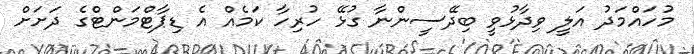
މުހައްމަދު އަލީ ވިދާޅުވީ ބިދޭސީންނާ ގުޅޭ ހުރިހާ ކަމެއް އެ ޑިޕާޓްމަންޓްގެ ދަށަށް